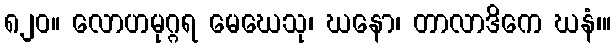
၈၂၀။ လောဟမုဂ္ဂရ မေဃေသု၊ ဃနော၊ တာလာဒိကေ ဃနံ၊။